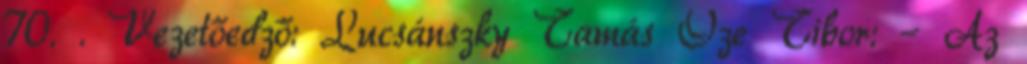
70. . Vezetőedző: Lucsánszky Tamás Őze Tibor: – Az